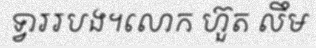
ទ្វាររបង។លោក ហ៊ួត លឹម